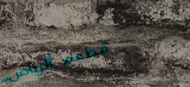
مطعم الرياض